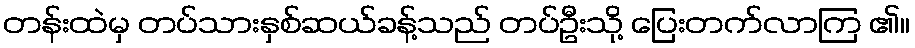
တန်းထဲမှ တပ်သားနှစ်ဆယ်ခန့်သည် တပ်ဦးသို့ ပြေးတက်လာကြ ၏။